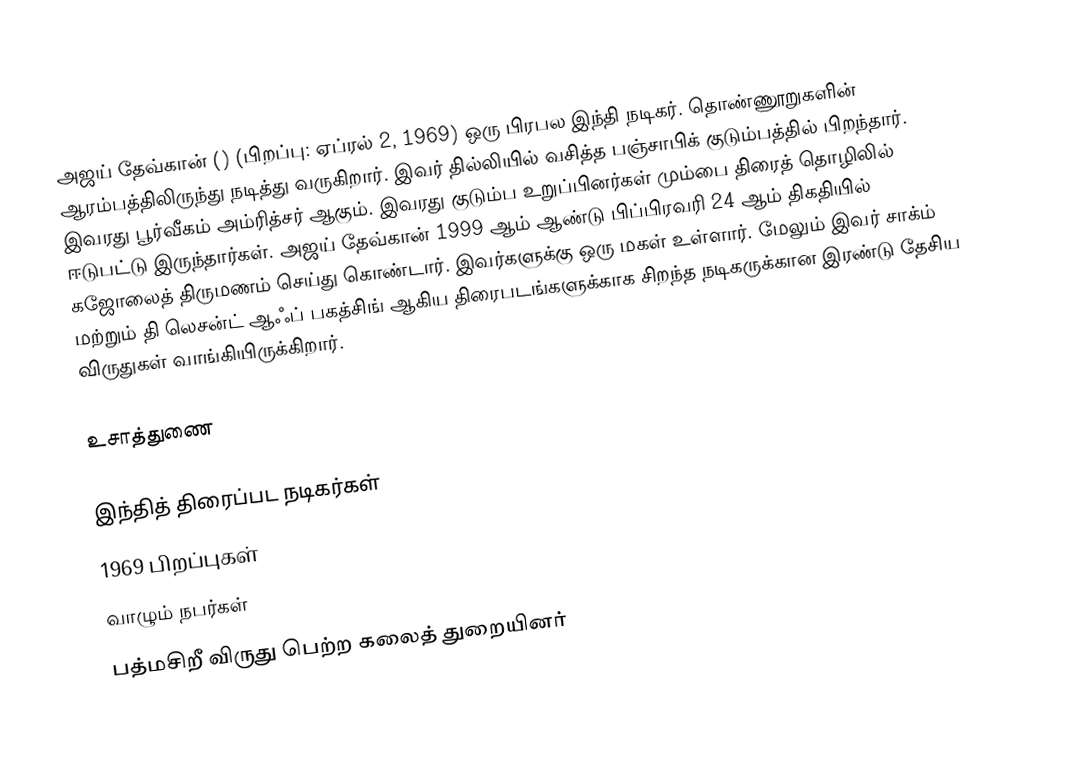
அஜய் தேவ்கான் () (பிறப்பு: ஏப்ரல் 2, 1969) ஒரு பிரபல இந்தி நடிகர். தொண்ணூறுகளின் ஆரம்பத்திலிருந்து நடித்து வருகிறார். இவர் தில்லியில் வசித்த பஞ்சாபிக் குடும்பத்தில் பிறந்தார். இவரது பூர்வீகம் அம்ரித்சர் ஆகும். இவரது குடும்ப உறுப்பினர்கள் மும்பை திரைத் தொழிலில் ஈடுபட்டு இருந்தார்கள்.  அஜய் தேவ்கான் 1999 ஆம்  ஆண்டு பிப்பிரவரி 24 ஆம் திகதியில்  கஜோலைத் திருமணம் செய்து கொண்டார். இவர்களுக்கு ஒரு மகள் உள்ளார். மேலும் இவர் சாக்ம் மற்றும் தி லெசன்ட் ஆஃப் பகத்சிங் ஆகிய திரைபடங்களுக்காக சிறந்த நடிகருக்கான இரண்டு தேசிய விருதுகள் வாங்கியிருக்கிறார்.

உசாத்துணை

இந்தித் திரைப்பட நடிகர்கள்
1969 பிறப்புகள்
வாழும் நபர்கள்
பத்மசிறீ விருது பெற்ற கலைத் துறையினர்